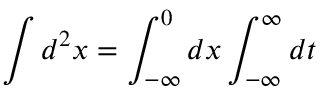
\int d ^ { 2 } x = \int _ { - \infty } ^ { 0 } d x \int _ { - \infty } ^ { \infty } d t